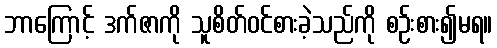
ဘာကြောင့် ဒက်ဇာကို သူစိတ်ဝင်စားခဲ့သည်ကို စဉ်းစား၍မရ။